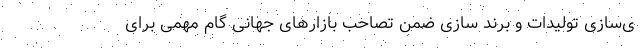
ی‌سازی تولیدات و برند سازی ضمن تصاحب بازارهای جهانی گام مهمی برای